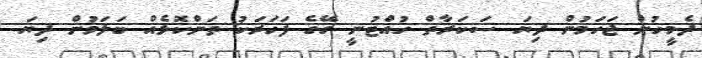
ދެމީހުން ޖަހަމުން ދިޔަ ސަކަރާތް ހުއްޓުނީ ގޭގެ ފަހަރަކު ތަންކޮޅެއް ބަލަމުން ދިޔަ